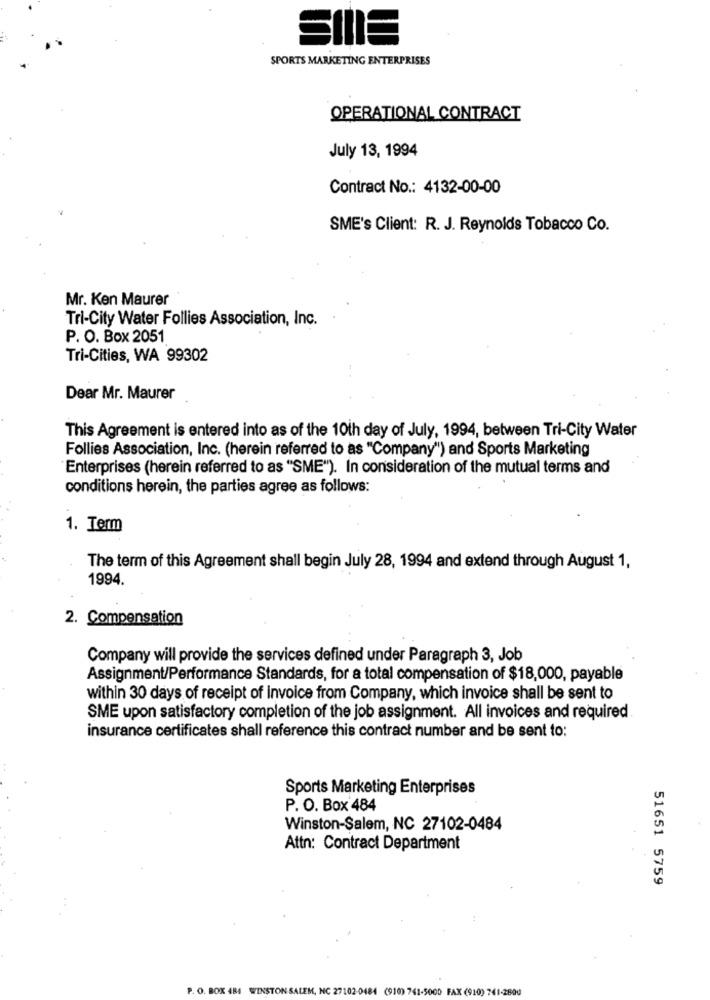
SPORTS MARKETING ENTERPRISES
OPERATIONAL CONTRACT
July 13, 1994
Contract No .: 4132-00-00
SME's Client: R. J. Reynolds Tobacco Co.
Mr. Ken Maurer
Tri-City Water Follies Association, Inc.
P. O. Box 2051
Tri-Cities, WA 99302
Dear Mr. Maurer
This Agreement is entered into as of the 10th day of July, 1994, between Tri-City Water
Follies Association, Inc. (herein referred to as "Company") and Sports Marketing
Enterprises (herein referred to as "SME"). In consideration of the mutual terms and
conditions herein, the parties agree as follows:
1. Term
The term of this Agreement shall begin July 28, 1994 and extend through August 1,
1994.
2. Compensation
Company will provide the services defined under Paragraph 3, Job
Assignment/Performance Standards, for a total compensation of $18,000, payable
within 30 days of receipt of Invoice from Company, which invoice shall be sent to
SME upon satisfactory completion of the job assignment. All invoices and required.
insurance certificates shall reference this contract number and be sent to:
Sports Marketing Enterprises
P. O. Box 484
Winston-Salem, NC 27102-0484
Attn: Contract Department
51651 5759
P. O. BOX 484 WINSTON SALEM, NC 27102-0484 (910) 741-5000 FAX (910) 741-2800